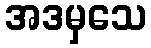
အဒမှသေ